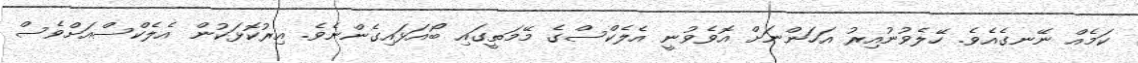
ކަމެއް ނޭނގެއެވެ. ހޭލެވުނުއިރު އަހަންނަށް އޮވެވުނީ އެލެކްސްގެ މޭމަތީގައި ބޯއަޅައިގެންނެވެ. އިރުކޮޅަކުން އެލެކްސްއަށްވެސް